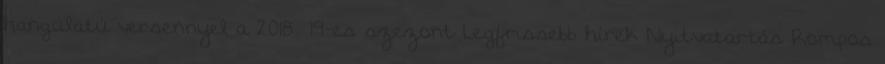
hangulatú versennyel a 2018 19-es szezont Legfrissebb hírek Nyitvatartás Rompos